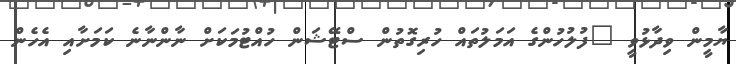
ޔާމީން ވިދާޅުވީ "ފުލުހުންގެ އަމަލުތައް ހުރިގޮތުން ސްޓޭޝަން ހުއްޓުމަކަށް ނާންނާނެ ކަމަށާއި އެހެން